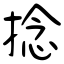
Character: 捻